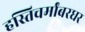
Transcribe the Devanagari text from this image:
हस्तिचर्मांबरधर